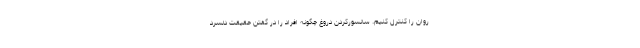
روان را کنترل کنیم. سانسورکردن دروغ چگونه افراد را در گفتن حقیقت دلسرد